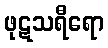
ဖုဋသရီရော